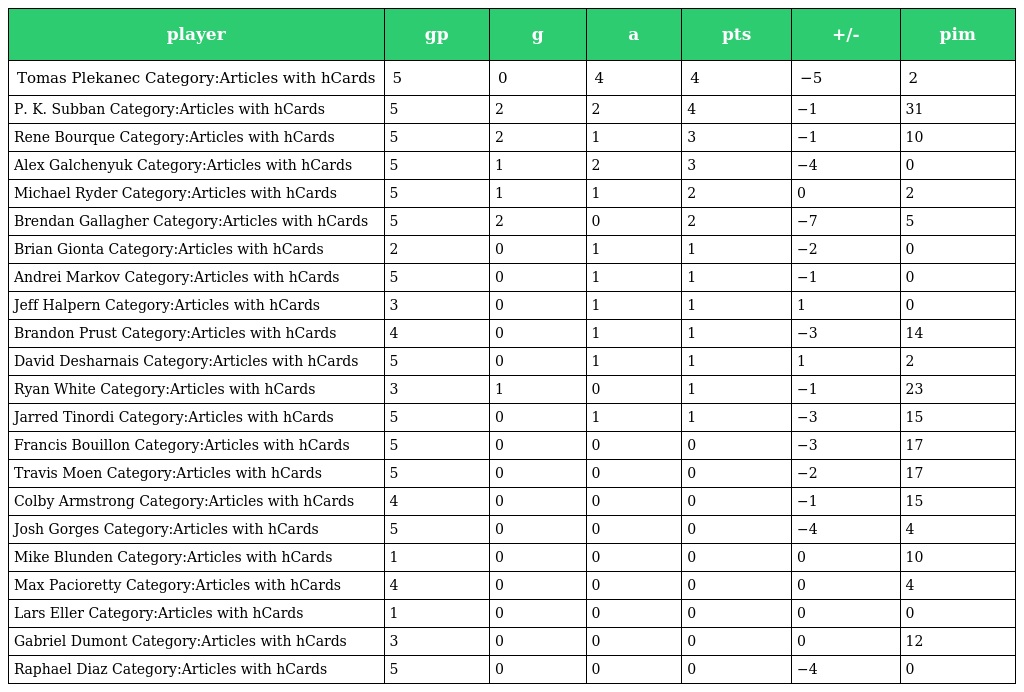
| player | gp | g | a | pts | +/- | pim |
 | --- | --- | --- | --- | --- | --- | --- |
 | Tomas Plekanec Category:Articles with hCards | 5 | 0 | 4 | 4 | −5 | 2 |
 | P. K. Subban Category:Articles with hCards | 5 | 2 | 2 | 4 | −1 | 31 |
 | Rene Bourque Category:Articles with hCards | 5 | 2 | 1 | 3 | −1 | 10 |
 | Alex Galchenyuk Category:Articles with hCards | 5 | 1 | 2 | 3 | −4 | 0 |
 | Michael Ryder Category:Articles with hCards | 5 | 1 | 1 | 2 | 0 | 2 |
 | Brendan Gallagher Category:Articles with hCards | 5 | 2 | 0 | 2 | −7 | 5 |
 | Brian Gionta Category:Articles with hCards | 2 | 0 | 1 | 1 | −2 | 0 |
 | Andrei Markov Category:Articles with hCards | 5 | 0 | 1 | 1 | −1 | 0 |
 | Jeff Halpern Category:Articles with hCards | 3 | 0 | 1 | 1 | 1 | 0 |
 | Brandon Prust Category:Articles with hCards | 4 | 0 | 1 | 1 | −3 | 14 |
 | David Desharnais Category:Articles with hCards | 5 | 0 | 1 | 1 | 1 | 2 |
 | Ryan White Category:Articles with hCards | 3 | 1 | 0 | 1 | −1 | 23 |
 | Jarred Tinordi Category:Articles with hCards | 5 | 0 | 1 | 1 | −3 | 15 |
 | Francis Bouillon Category:Articles with hCards | 5 | 0 | 0 | 0 | −3 | 17 |
 | Travis Moen Category:Articles with hCards | 5 | 0 | 0 | 0 | −2 | 17 |
 | Colby Armstrong Category:Articles with hCards | 4 | 0 | 0 | 0 | −1 | 15 |
 | Josh Gorges Category:Articles with hCards | 5 | 0 | 0 | 0 | −4 | 4 |
 | Mike Blunden Category:Articles with hCards | 1 | 0 | 0 | 0 | 0 | 10 |
 | Max Pacioretty Category:Articles with hCards | 4 | 0 | 0 | 0 | 0 | 4 |
 | Lars Eller Category:Articles with hCards | 1 | 0 | 0 | 0 | 0 | 0 |
 | Gabriel Dumont Category:Articles with hCards | 3 | 0 | 0 | 0 | 0 | 12 |
 | Raphael Diaz Category:Articles with hCards | 5 | 0 | 0 | 0 | −4 | 0 |